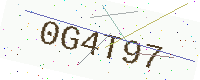
Text: 0G4T97